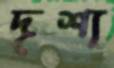
দৃশ্য